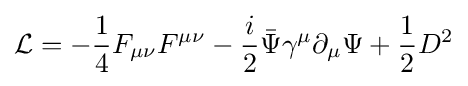
{\mathcal {L}}=-{\frac {1}{4}}F_{\mu \nu }F^{\mu \nu }-{\frac {i}{2}}{\bar {\Psi }}\gamma ^{\mu }\partial _{\mu }\Psi +{\frac {1}{2}}D^{2}